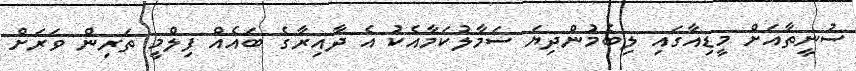
ސުނީތާއަށް މީޑިއާގައި ލިބެމުންދިޔަ ސަމާލުކަމާއެކު އެ ދާއިރާގެ ބައެއް ފިލްމީ ތަރިން ވަރަށް